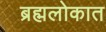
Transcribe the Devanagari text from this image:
ब्रह्मलोकात